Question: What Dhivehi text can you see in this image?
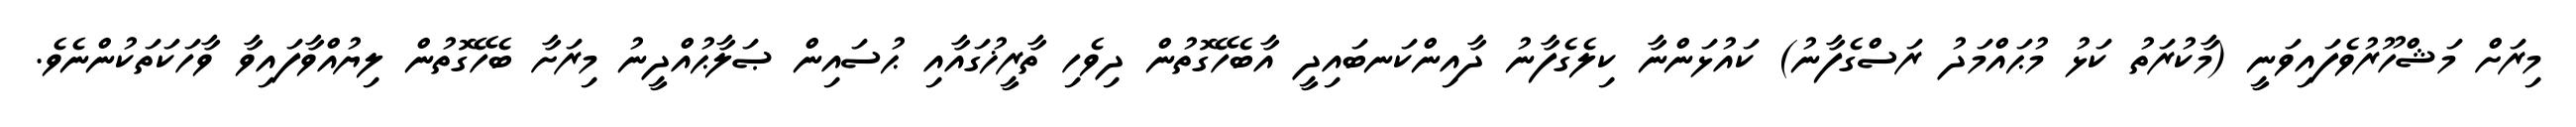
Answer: މިރަށް މަޝްހޫރުވެފައިވަނީ (މާކުރަތު ކަޅު މުޙައްމަދު ރަސްގެފާނު) ކައުޅަންނާ ކިލެގެފާނު ދާއިންކަނބައިދީ އާބެހޭގޮތުން ދިވެހި ތާރީޚުގައާއި ޙުސައިން ޞަލާޙުއްދީނު މިރަށާ ބެހޭގޮތުން ލިޔުއްވާފައިވާ ވާހަކަތަކުންނެވެ.